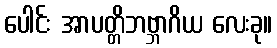
ပေါင်း အာပတ္တိဘဗ္ဘာဂိယ လေးခု။